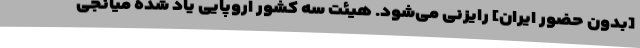
[بدون حضور ایران] رایزنی می‌شود. هیئت سه کشور اروپایی یاد شده میانجی